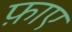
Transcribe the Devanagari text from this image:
फ़ाए